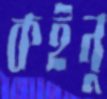
কইনু